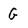
Character: G